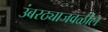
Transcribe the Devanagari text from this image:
उंबरठ्याजवळील